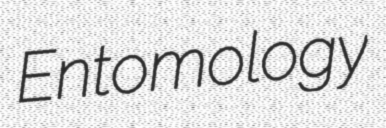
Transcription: Entomology